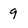
Character: 9